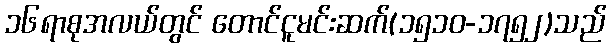
၁၆ရာစုအလယ်တွင် တောင်ငူမင်းဆက်(၁၅၁၀-၁၇၅၂)သည်